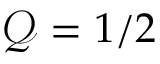
\mathcal Q = 1 / 2